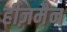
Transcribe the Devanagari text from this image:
हीज़मैन